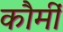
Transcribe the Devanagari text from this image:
कौमीं